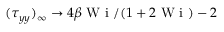
( \tau _ { y y } ) _ { \infty } \to 4 \beta \textrm { W i } / ( 1 + 2 \textrm { W i } ) - 2